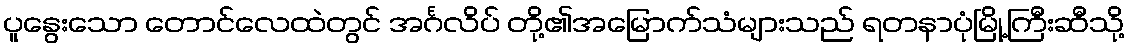
ပူနွေးသော တောင်လေထဲတွင် အင်္ဂလိပ် တို့၏အမြောက်သံများသည် ရတနာပုံမြို့ကြီးဆီသို့